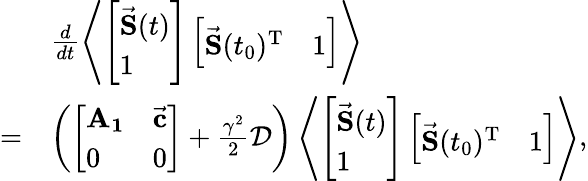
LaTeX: \begin{array}{rl}&{\frac{d}{dt}\left<\left[\begin{array}{l}{\vec{\mathbf{S}}(t)}\\ {1}\end{array}\right]\left[\begin{array}{ll}{\vec{\mathbf{S}}(t_{0})^{\mathrm{T}}}&{1}\end{array}\right]\right>}\\ {=}&{\left(\left[\begin{array}{ll}{\mathbf{A_{1}}}&{\vec{\mathbf{c}}}\\ {0}&{0}\end{array}\right]+\frac{\gamma^{2}}2\mathcal{D}\right)\left<\left[\begin{array}{l}{\vec{\mathbf{S}}(t)}\\ {1}\end{array}\right]\left[\begin{array}{ll}{\vec{\mathbf{S}}(t_{0})^{\mathrm{T}}}&{1}\end{array}\right]\right>,}\end{array}